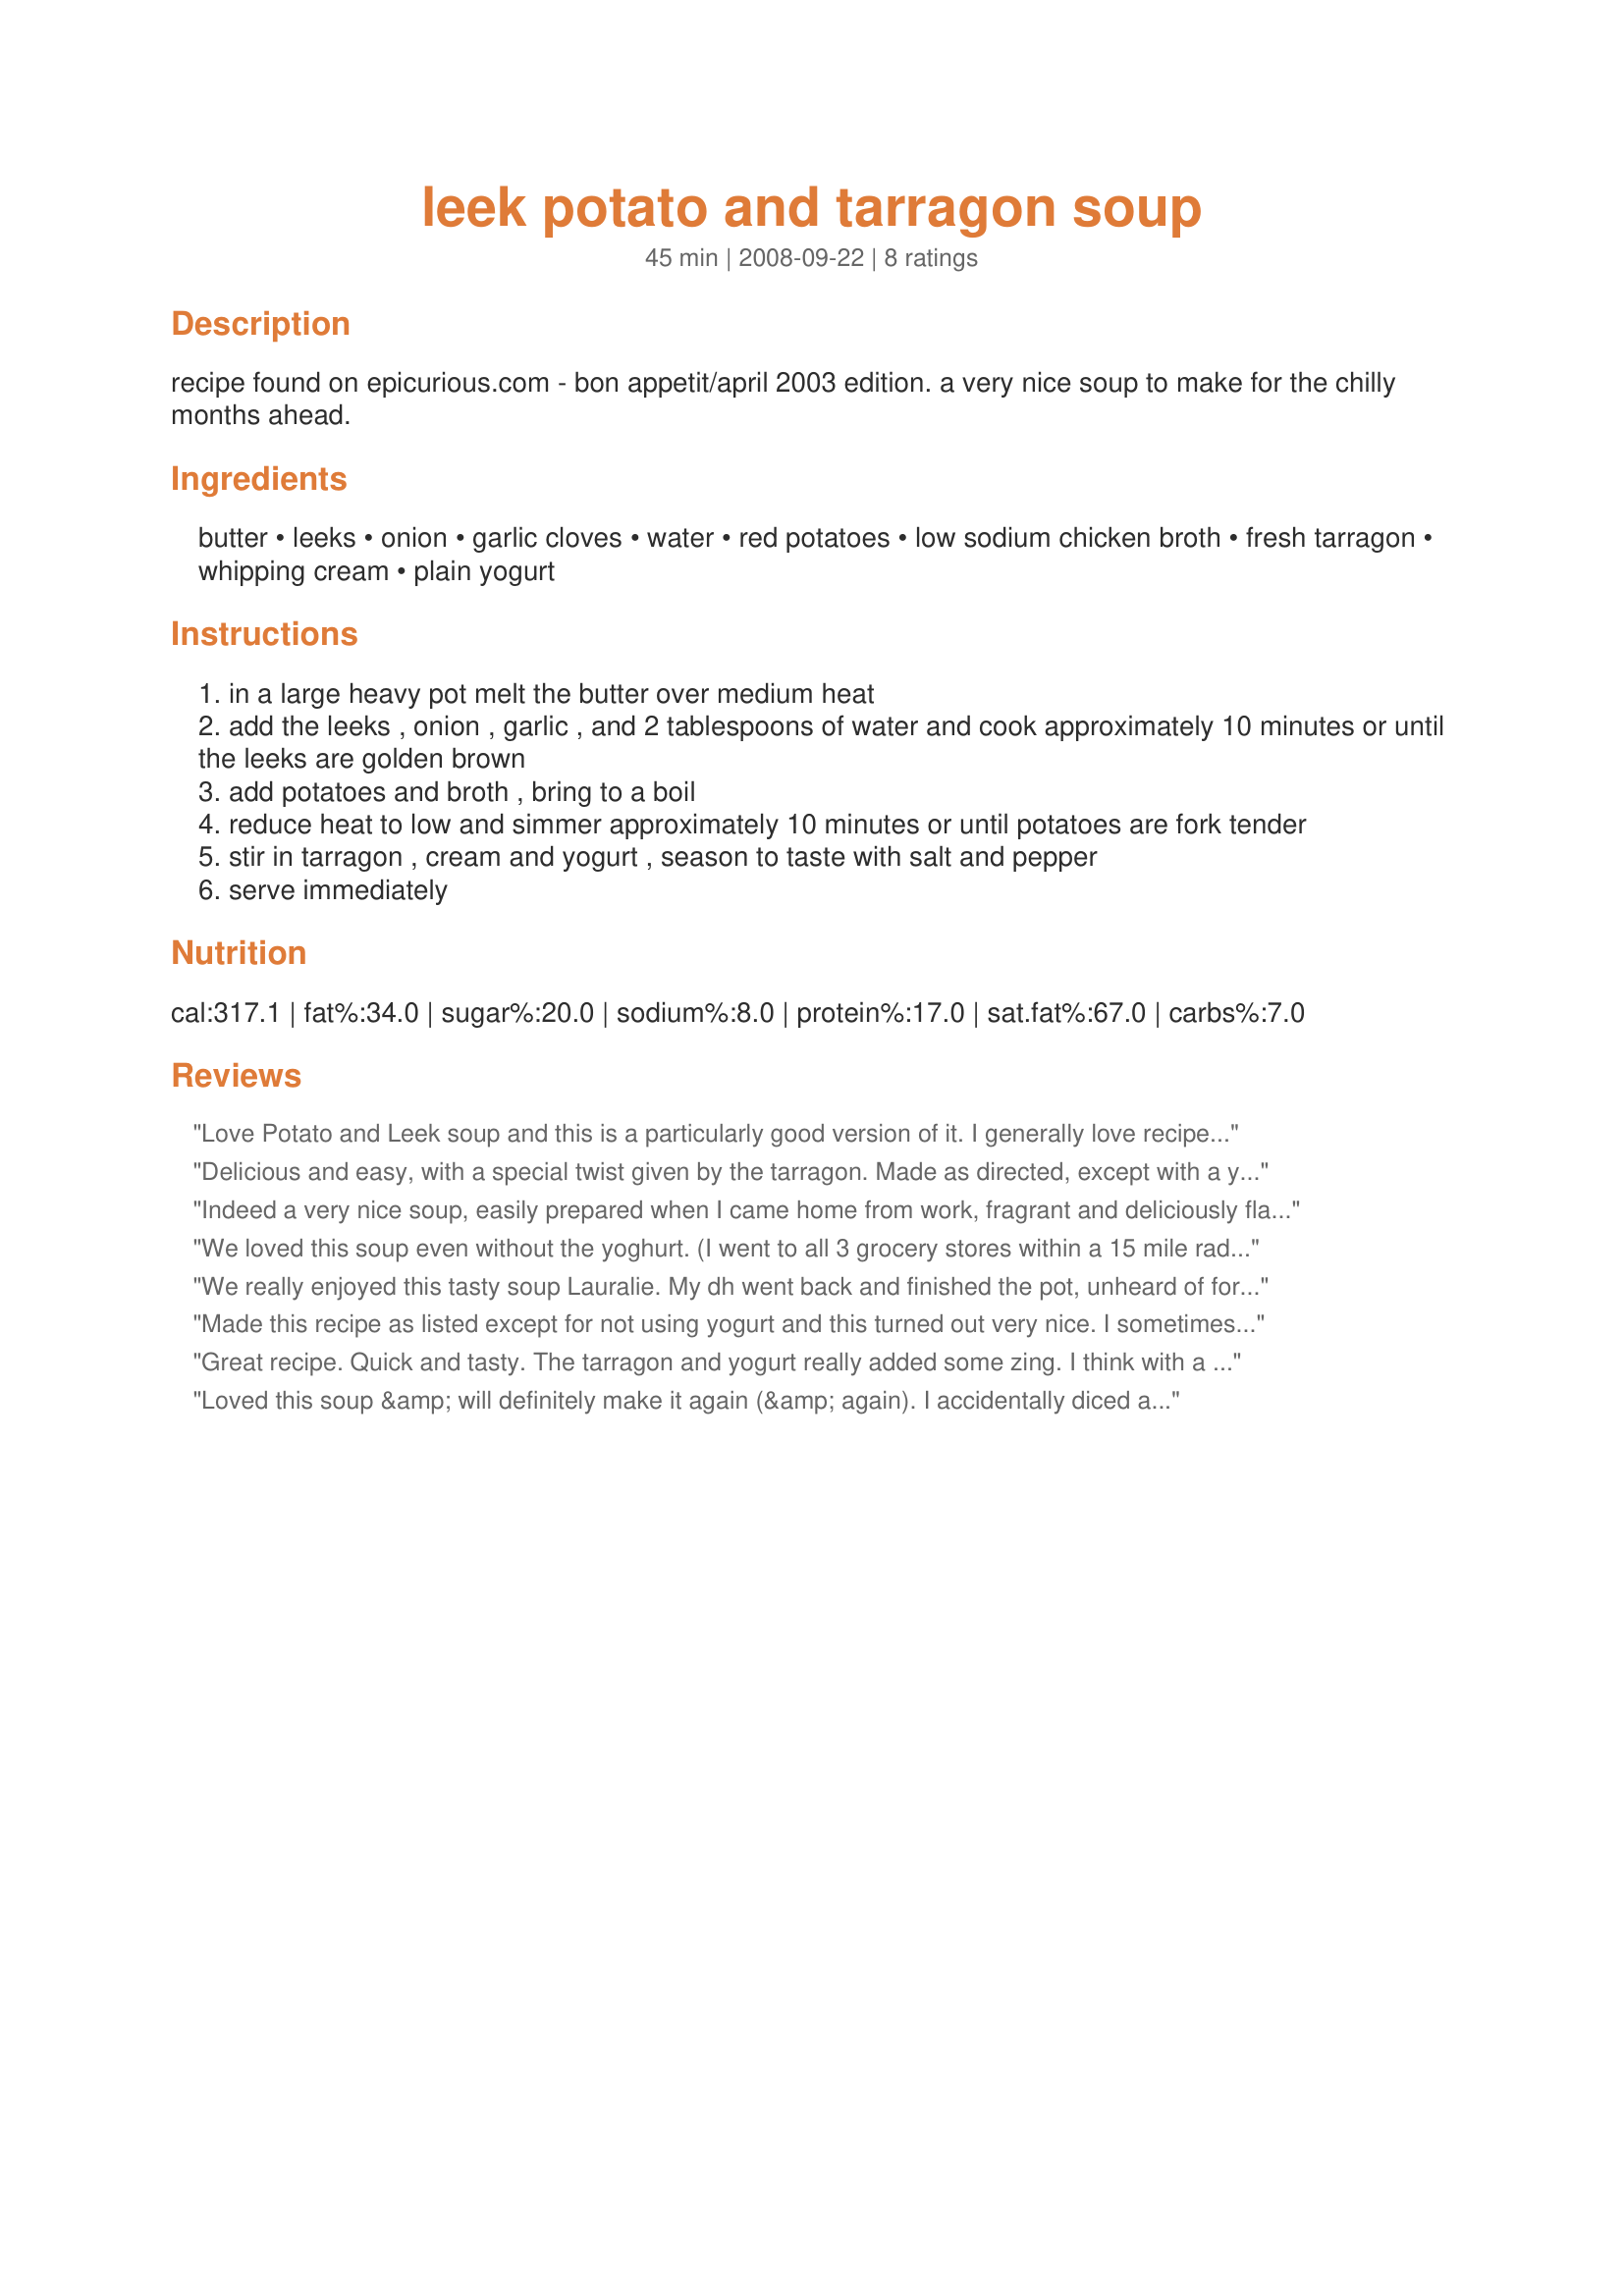
leek potato and tarragon soup
Preparation time: 45 minutes

recipe found on epicurious.com - bon appetit/april 2003 edition. a very nice soup to make for the chilly months ahead.

Ingredients:
butter, leeks, onion, garlic cloves, water, red potatoes, low sodium chicken broth, fresh tarragon, whipping cream, plain yogurt

Steps:
in a large heavy pot melt the butter over medium heat
add the leeks , onion , garlic , and 2 tablespoons of water and cook approximately 10 minutes or until the leeks are golden brown
add potatoes and broth , bring to a boil
reduce heat to low and simmer approximately 10 minutes or until potatoes are fork tender
stir in tarragon , cream and yogurt , season to taste with salt and pepper
serve immediately

Reviews:
Love Potato and Leek soup and this is a particularly good version of it. I generally love recipes which use leeks, onion and garlic so my expectations here were high, and I was so pleased to discover in this a really easy to make and totally delicious recipe. The tarragon added a distinctive flavour which we really liked. In step one, I used 1 tablespoon of water and 1 tablespoon of white wine, but next time I'll use only wine. For the vegetable broth, I used my Recipe #135453, and for the yoghurt I used Greek yoghurt - THE only yoghurt to use, in my opinion! SO creamy! I made this for PRMR. Thanks for sharing this fabulous recipe.
Delicious and easy, with a special twist given by the tarragon. Made as directed, except with a yellow (also thin-skinned) potato, and used an immersion blender to make the onions a little more fine in the end. Big hit with my partner (who doesn&#039;t like onions)--he had thirds.
Indeed a very nice soup, easily prepared when I came home from work, fragrant and deliciously flavoured. Served with Recipe #197878, this was a marvellous meal at the end of a long day.

Thank you Lauralie! made for ZWT5
We loved this soup even without the yoghurt. (I went to all 3 grocery stores within a 15 mile radius of my house and no one had plain yogurt.) The flavor of the tarragon gave it something special that other similar soups don&#039;t have. Made for 2015 CQ/ LBOB
We really enjoyed this tasty soup Lauralie. My dh went back and finished the pot, unheard of for him. Thank you so much for sharing this wonderful recipe. The soup has perfect textures and the flavor is out of this world. Made exactly as written, wouldn't change a thing. Loved the addition of the yogurt and tarragon in the soup. Used tarragon from my garden. What a treat. I'll be making this lovely soup often. Made for 123 tag
Made this recipe as listed except for not using yogurt and this turned out very nice. <br/>I sometimes find fresh Tarragon overpowering, but not in this recipe, it leaves a nice subtle anise/licorice taste to the soup.<br/>I will be making this again, thanks for sharing. <br/>Made for Kittencal's Forum Recipe Tag Game.
Great recipe. Quick and tasty. The tarragon and yogurt really added some zing. I think with a can of minced clams, this would be great clam chowder also. Made for Spring 2014 PAC.
Loved this soup &amp; will definitely make it again (&amp; again). I accidentally diced a whole pound of potatoes so added them all. We thought the soup was fantastic. I may try adding some crumbled bacon to the next batch.
